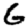
Digit: 6